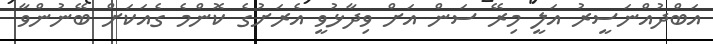
އަބްދުއްނަސީރު އަލީ މިރޭ ސަން އަށް ވިދާޅުވީ އެރަށުގެ ކޮންމެ ގެއަކަށް ބޭނުންވާ